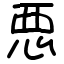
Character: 𢙣